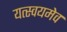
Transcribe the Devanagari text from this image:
यत्स्वयमेव